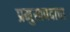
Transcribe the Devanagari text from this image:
प्रमुखपदाचा